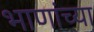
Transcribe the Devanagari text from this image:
भाणांच्या